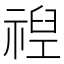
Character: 𮂈